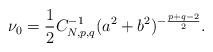
LaTeX: \begin{align*}\nu_0=\frac{1}{2}C^{-1}_{N,p,q}(a^2+b^2)^{-\frac{p+q-2}{2}}.\end{align*}